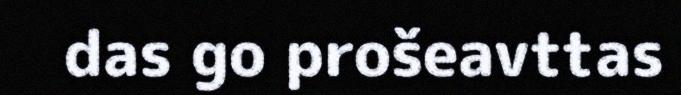
das go prošeavttas